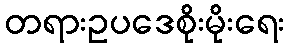
တရားဥပဒေစိုးမိုးရေး